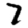
Digit: 7